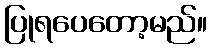
ပြုရပေတော့မည်။